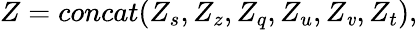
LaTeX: Z=concat(Z_{s},Z_{z},Z_{q},Z_{u},Z_{\mathit{v}},Z_{t}),